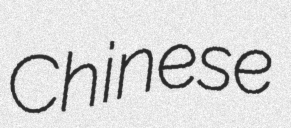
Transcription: Chinese